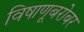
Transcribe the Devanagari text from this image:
विषाणूबरोबर